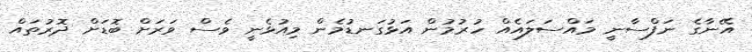
އޭނާގެ ނަފްސާނީ މައްސަލައެއް ހުރުމުން އަޅުގަނޑުމެން މިއުޅެނީ ވެސް ވަރަށް ބޮޑަށް ދޮރުތައް